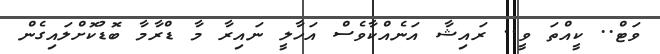
ވަޓް.. ކީއްތަ ވީ.. ރައިޝާ އަނެއްކާވެސް އަހާލީ ނައިރާ މާ ޑްރާމާ ބޮޑުކޮށްލައިގެން